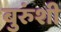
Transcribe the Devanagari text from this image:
बुरुंशी